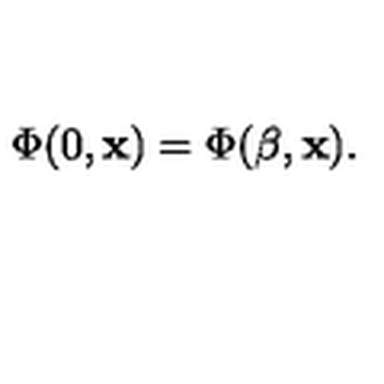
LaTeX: \Phi ( 0 , { \bf x } ) = \Phi ( \beta , { \bf x } ) .